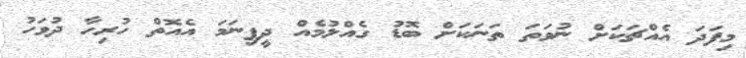
މިފަދަ އެއްޗަކަށް ނުވަތަ ތަނަކަށް ބޮޑު ގެއްލުމެއް ދީފިނަމަ އެއޮތް ހުރިހާ ދުވަހު